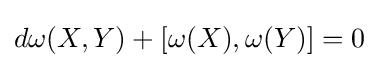
d\omega (X,Y)+[\omega (X),\omega (Y)]=0